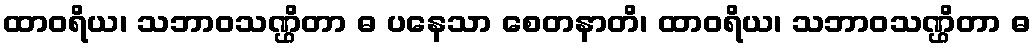
ထာဝရိယ၊ သဘာဝသဏ္ဌိတာ ဓ ပနေသာ စေတနာတိ၊ ထာဝရိယ၊ သဘာဝသဏ္ဌိတာ ဓ